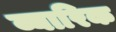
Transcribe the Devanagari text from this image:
व्यारिक